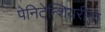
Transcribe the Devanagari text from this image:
पेनिटेन्शियरीया